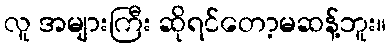
လူ အများကြီး ဆိုရင်တော့မဆန့်ဘူး။